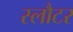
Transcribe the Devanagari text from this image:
स्लौटर